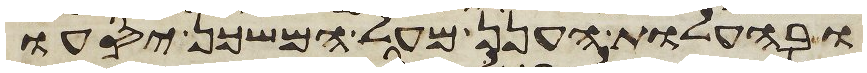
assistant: ובהעלות הענן מעל המשכן יסעו